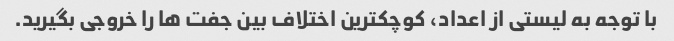
با توجه به لیستی از اعداد، کوچکترین اختلاف بین جفت ها را خروجی بگیرید.